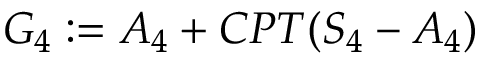
\begin{array} { r } { G _ { 4 } : = A _ { 4 } + C P T ( S _ { 4 } - A _ { 4 } ) } \end{array}